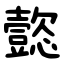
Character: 㦤